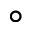
\circ